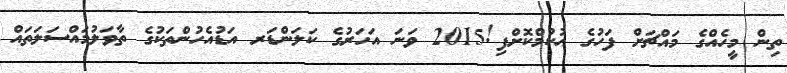
ތިން މީހެއްގެ މައްޗަށް ފަހުގެ ޙުކުމްކޮށްފި!2015 ވަނަ އަހަރުގެ ކަލަންޑަރ އަޑުއެހުންތަކުގެ ތާވަލުމައްސަލަތައް